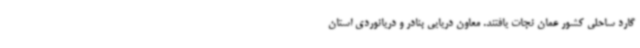
گارد ساحلی کشور عمان نجات یافتند. معاون دریایی بنادر و دریانوردی استان